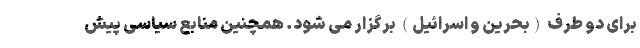
برای دو طرف (بحرین و اسرائیل) برگزار می شود. همچنین منابع سیاسی پیش